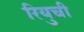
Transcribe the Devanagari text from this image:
रियुची